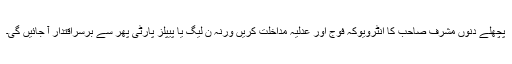
پچھلے دنوں مشرف صاحب کا انٹرویوکہ فوج اور عدلیہ مداخلت کریں ورنہ ن لیگ یا پیپلز پارٹی پھر سے برسراقتدار آ جائیں گی۔